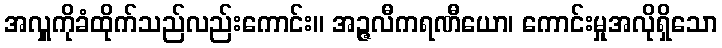
အလှူကိုခံထိုက်သည်လည်းကောင်း။ အဉ္ဇလီကရဏီယော၊ ကောင်းမှုအလိုရှိသော